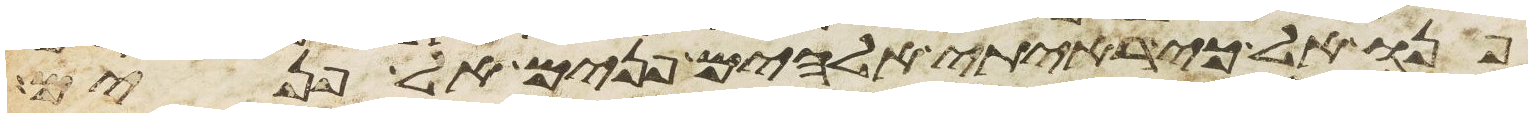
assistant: פנואל כי ראיתי אלהים פנים אל פנים